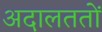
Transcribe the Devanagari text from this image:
अदालततों